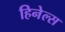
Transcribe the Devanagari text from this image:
हिनेल्स